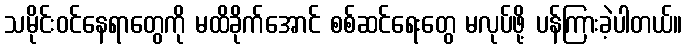
သမိုင်းဝင်နေရာတွေကို မထိခိုက်အောင် စစ်ဆင်ရေးတွေ မလုပ်ဖို့ ပန်ကြားခဲ့ပါတယ်။